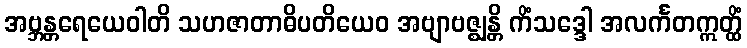
အဗ္ဘန္တရေယေဝါတိ သဟဇာတာဓိပတိယေဝ အဗျာဗဇ္ဈန္တိ ကိံသဒ္ဒေါ အလင်္ကတဣတ္ထိံ